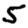
Digit: 5